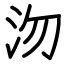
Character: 沕